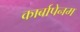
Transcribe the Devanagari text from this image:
कार्बापेनम